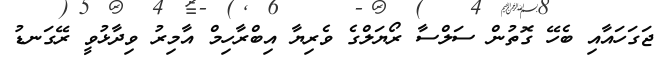
ޖަގަހައާއި ބެހޭ ގޮތުން ސަލްސާ ރޯޔަލްގެ ވެރިޔާ އިބްރާހިމް އާމިރު ވިދާޅުވީ ރޭގަނޑު